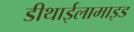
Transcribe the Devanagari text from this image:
डीथाईलामाइड